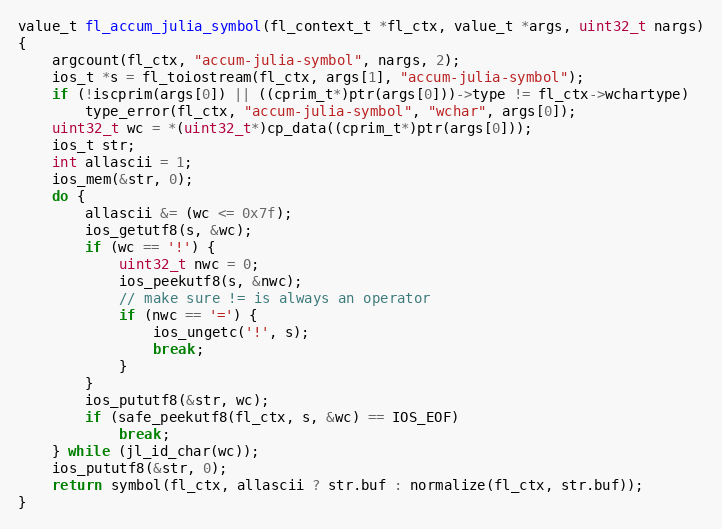
Language: C
value_t fl_accum_julia_symbol(fl_context_t *fl_ctx, value_t *args, uint32_t nargs)
{
    argcount(fl_ctx, "accum-julia-symbol", nargs, 2);
    ios_t *s = fl_toiostream(fl_ctx, args[1], "accum-julia-symbol");
    if (!iscprim(args[0]) || ((cprim_t*)ptr(args[0]))->type != fl_ctx->wchartype)
        type_error(fl_ctx, "accum-julia-symbol", "wchar", args[0]);
    uint32_t wc = *(uint32_t*)cp_data((cprim_t*)ptr(args[0]));
    ios_t str;
    int allascii = 1;
    ios_mem(&str, 0);
    do {
        allascii &= (wc <= 0x7f);
        ios_getutf8(s, &wc);
        if (wc == '!') {
            uint32_t nwc = 0;
            ios_peekutf8(s, &nwc);
            // make sure != is always an operator
            if (nwc == '=') {
                ios_ungetc('!', s);
                break;
            }
        }
        ios_pututf8(&str, wc);
        if (safe_peekutf8(fl_ctx, s, &wc) == IOS_EOF)
            break;
    } while (jl_id_char(wc));
    ios_pututf8(&str, 0);
    return symbol(fl_ctx, allascii ? str.buf : normalize(fl_ctx, str.buf));
}